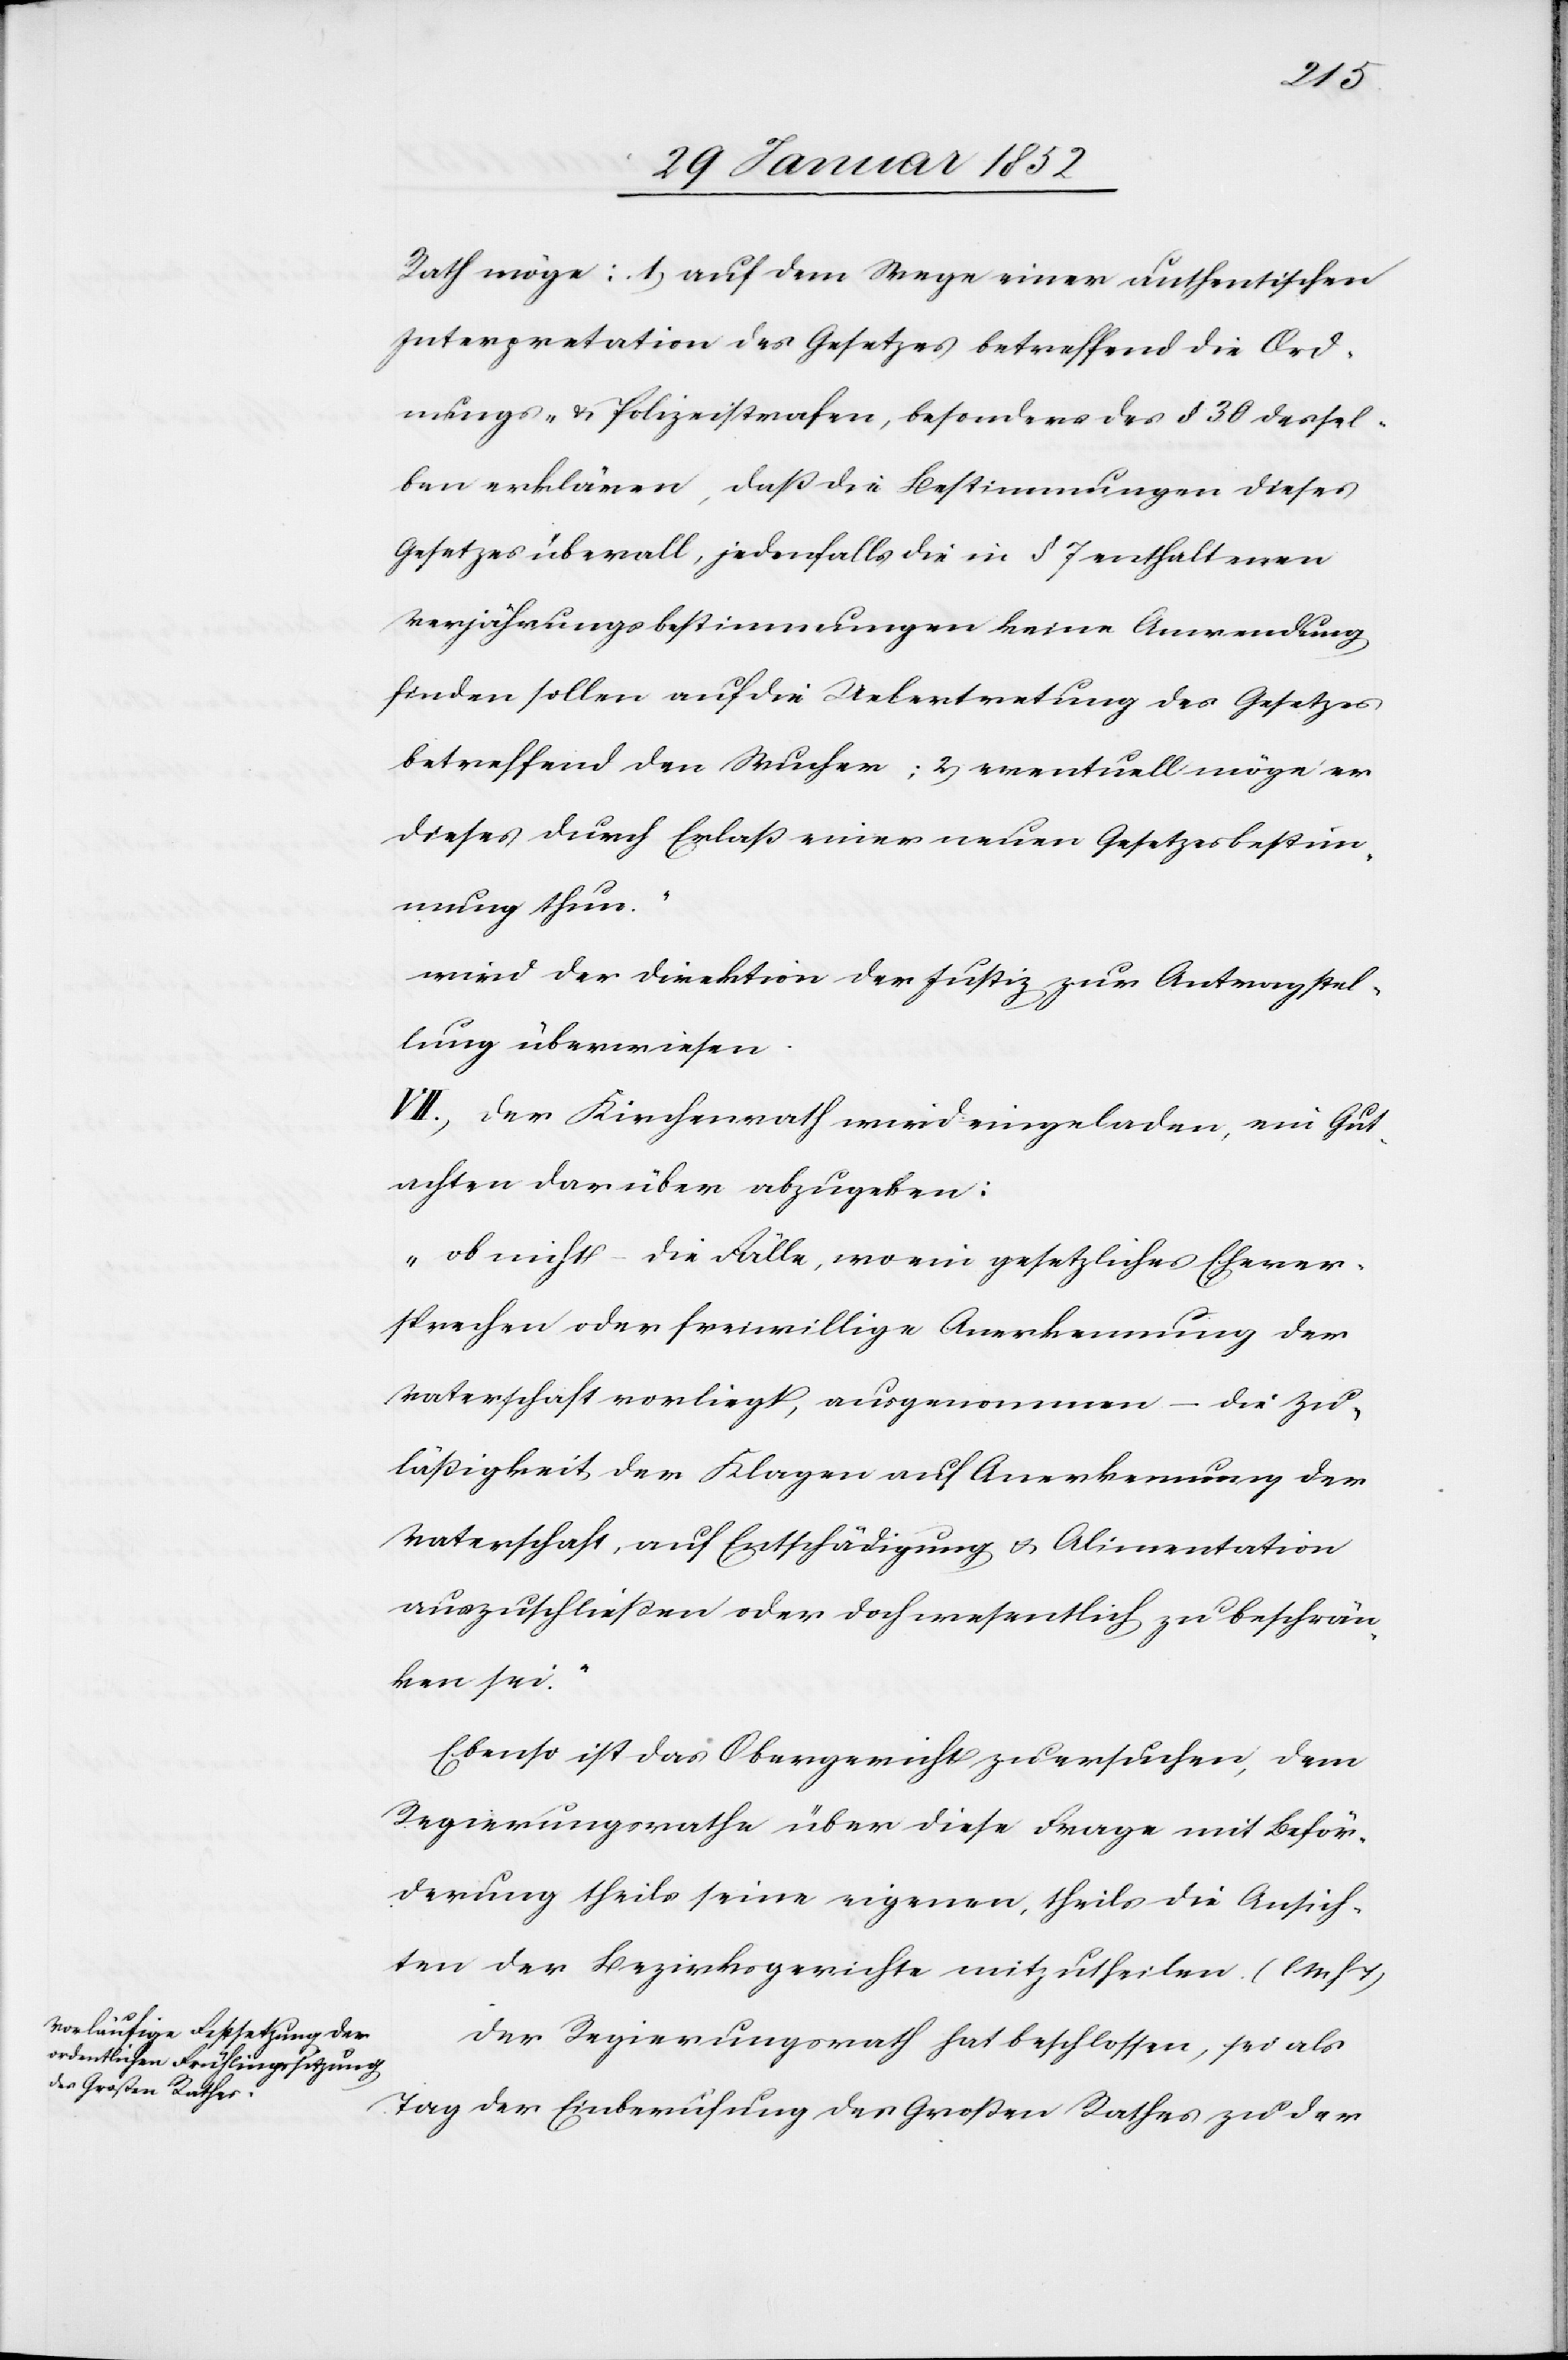
Rath möge: 1) auf dem Wege einer authentischen
Interpretation des Gesetzes betreffend die Ord¬
nungs- u. Polizeistrafen, besonders des § 30 dessel¬
ben erklären, daß die Bestimmungen dieses
Gesetzes überall, jedenfalls die in § 7 enthaltenen
Verjährungsbestimmungen keine Anwendung
finden sollen auf die Uebertretung des Gesetzes
betreffend den Wucher; 2) eventuell möge er
dieses durch Erlaß einer neuen Gesetzesbestim¬
mung thun.
wird der Direktion der Justiz zur Antragstel¬
lung überwiesen.
VII.) Der Kirchenrath wird eingeladen, ein Gut¬
achten darüber abzugeben:
„ob nicht – die Fälle, wo ein gesetzliches Ehever¬
sprechen oder freiwillige Anerkennung der
Vaterschaft vorliegt, ausgenommen – die Zu¬
läßigkeit der Klagen auf Anerkennung der
Vaterschaft, auf Entschädigung u. Alimentation
auszuschließen oder doch wesentlich zu beschrän¬
ken sei.“
Ebenso ist das Obergericht zu ersuchen, dem
Regierungsrathe über diese Frage mit Beför¬
derung theils seine eigenen, theils die Ansich¬
ten der Bezirksgerichte mitzutheilen. (l. M. h.
Der Regierungsrath hat beschlossen, sei als
Tag der Einberufung des Großen Rathes zu der